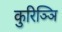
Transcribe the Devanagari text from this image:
कुरिञ्ञि